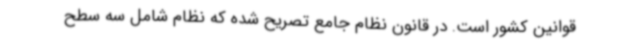
قوانین کشور است. در قانون نظام جامع تصریح شده که نظام شامل سه سطح